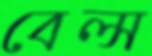
বেল্স